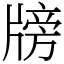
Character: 牓